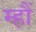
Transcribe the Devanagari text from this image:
म्हौं